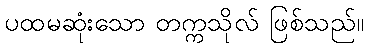
ပထမဆုံးသော တက္ကသိုလ် ဖြစ်သည်။